Vaccination in Bombay 1863-1868 - 1863-1868
Year: 1863
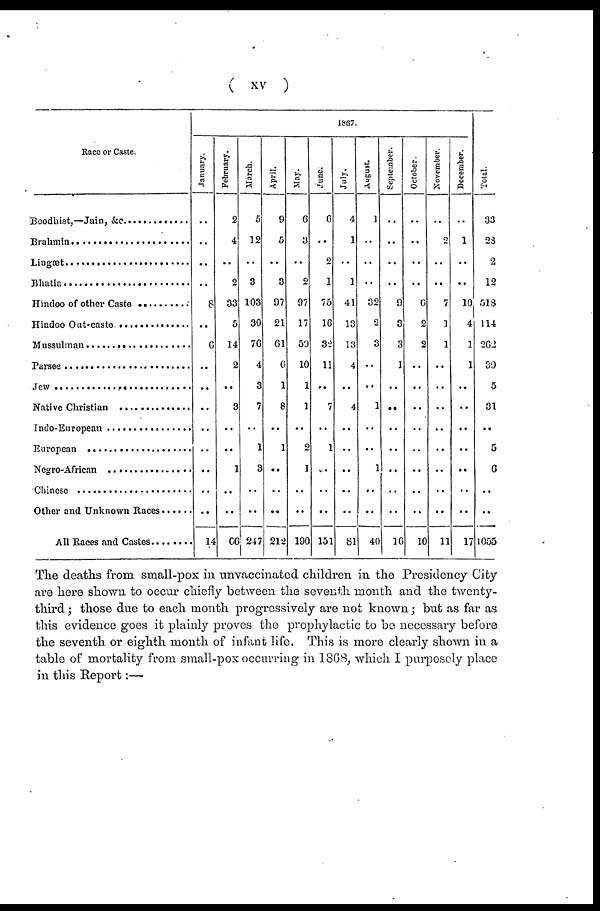
( xv )
Race or Caste.
Boodhist, — Jain, &c. ..........
Brahmin ....................
Lingæt....................
Bhatia ....................
Hindoo of other Cast ..........
Hindoo Out-cast ............
Mussulman ....................
Parsee ....................
Jew ........................
Native Christian ................
Indo-European ................
European ....................
Negro-Afriean ................
Chinese
................
Other and Unknown Races ......
All Races and Castes ........
1867.
January.
..
..
..
..
8
..
6
..
..
..
..
..
..
..
..
14
February.
2
4
..
2
33
5
14
2
..
3
..
..
1
..
..
66
March.
5
12
..
3
103
30
76
4
3
7
..
1
3
..
..
247
April.
9
5
..
3
97
21
61
6
1
8
..
1
..
..
..
212
May.
6
3
..
2
97
17
50
10
1
1
..
2
1
..
..
190
June.
6
..
2
1
75
16
32
11
..
7
..
1
..
..
..
151
July.
4
1
..
1
41
13
13
4
..
4
..
..
..
..
..
81
August.
1
..
..
..
32
2
3
..
..
1
..
..
1
..
..
40
September.
..
..
..
..
9
3
3
1
..
..
..
..
..
..
..
16
October.
..
..
..
..
6
2
2
..
..
..
..
..
..
..
..
10
November.
..
2
..
..
7
1
1
..
..
..
..
..
..
..
..
11
December.
..
1
..
..
10
4
1
1
..
..
..
..
..
..
..
17
Total.
33
28
2
12
518
114
262
39
5
31
..
5
6
..
..
1055
The deaths from small-pox in unvaccinated children in the Presidency City
are here shown to occur chiefly between the seventh month and the twenty¬
third; those due to each month progressively are not known; but as far as
this evidence goes it plainly proves the prophylactic to be necessary before
the seventh or eighth month of infant life. This is more clearly shown in a
table of mortality from small-pox occurring in 1868, which I purposely place
in this Report:—